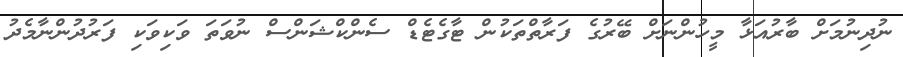
ނުދިނުމަށް ބާރުއަޅާ މީހުންނަށް ބޭރުގެ ފަރާތްތަކުން ޓާގެޓެޑް ސެންކްޝަންސް ނުވަތަ ވަކިވަކި ފަރުދުންނާމެދު